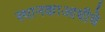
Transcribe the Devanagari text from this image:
स्थानकाआधीचे